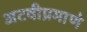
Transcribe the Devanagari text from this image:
अटवीप्रमाणे